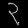
Digit: ၃